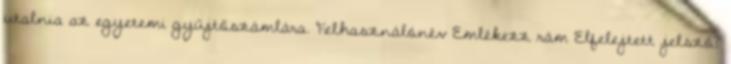
utalnia az egyetemi gyűjtőszámlára. Felhasználónév Emlékezz rám Elfelejtett jelszó?